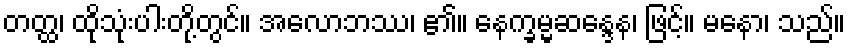
တတ္ထ၊ ထိုသုံးပါးတို့တွင်။ အလောဘဿ၊ ၏။ နေက္ခမ္မဆန္ဒေန၊ ဖြင့်။ မနော၊ သည်။